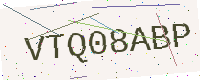
Text: VTQ08ABP